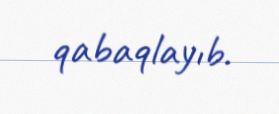
qabaqlayıb.